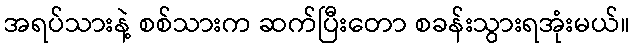
အရပ်သားနဲ့ စစ်သားက ဆက်ပြီးတော စခန်းသွားရအုံးမယ်။